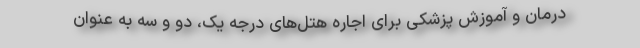
درمان و آموزش پزشکی برای اجاره هتل‌های درجه یک، دو و سه به‌ عنوان